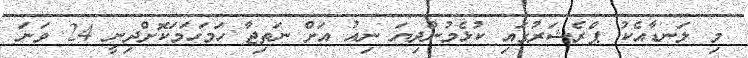
މި ލަނޑާއެކު ޕްރެޝަރުގައި ކުޅެމުންދިޔަ ނިއު އަށް ނަތިޖާ ހަމަހަމަކޮށްދިނީ 24 ވަނަ